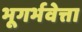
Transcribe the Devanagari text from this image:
भूगर्भवेत्ता